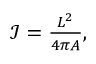
\begin{array} { r } { \mathcal { I } = \frac { L ^ { 2 } } { 4 \pi A } , } \end{array}